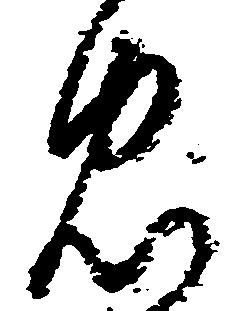
忠